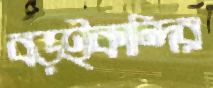
বড়ইকান্দির